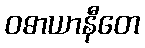
ဝဓာယာနီတေ